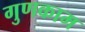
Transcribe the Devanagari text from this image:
गुणकाम